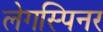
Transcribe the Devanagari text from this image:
लेगस्पिनर